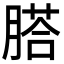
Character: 𦞂